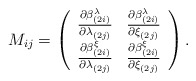
\begin{align*}M_{ij}=\left(\begin{array}{c c}{\partial\beta^\lambda_{(2i)}\over\partial\lambda_{(2j)}}&{\partial\beta^\lambda_{(2i)}\over\partial\xi_{(2j)}}\\{\partial\beta^\xi_{(2i)}\over\partial\lambda_{(2j)}}&{\partial\beta^\xi_{(2i)}\over\partial\xi_{(2j)}}\end{array}\right).\end{align*}